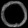
Digit: ၀